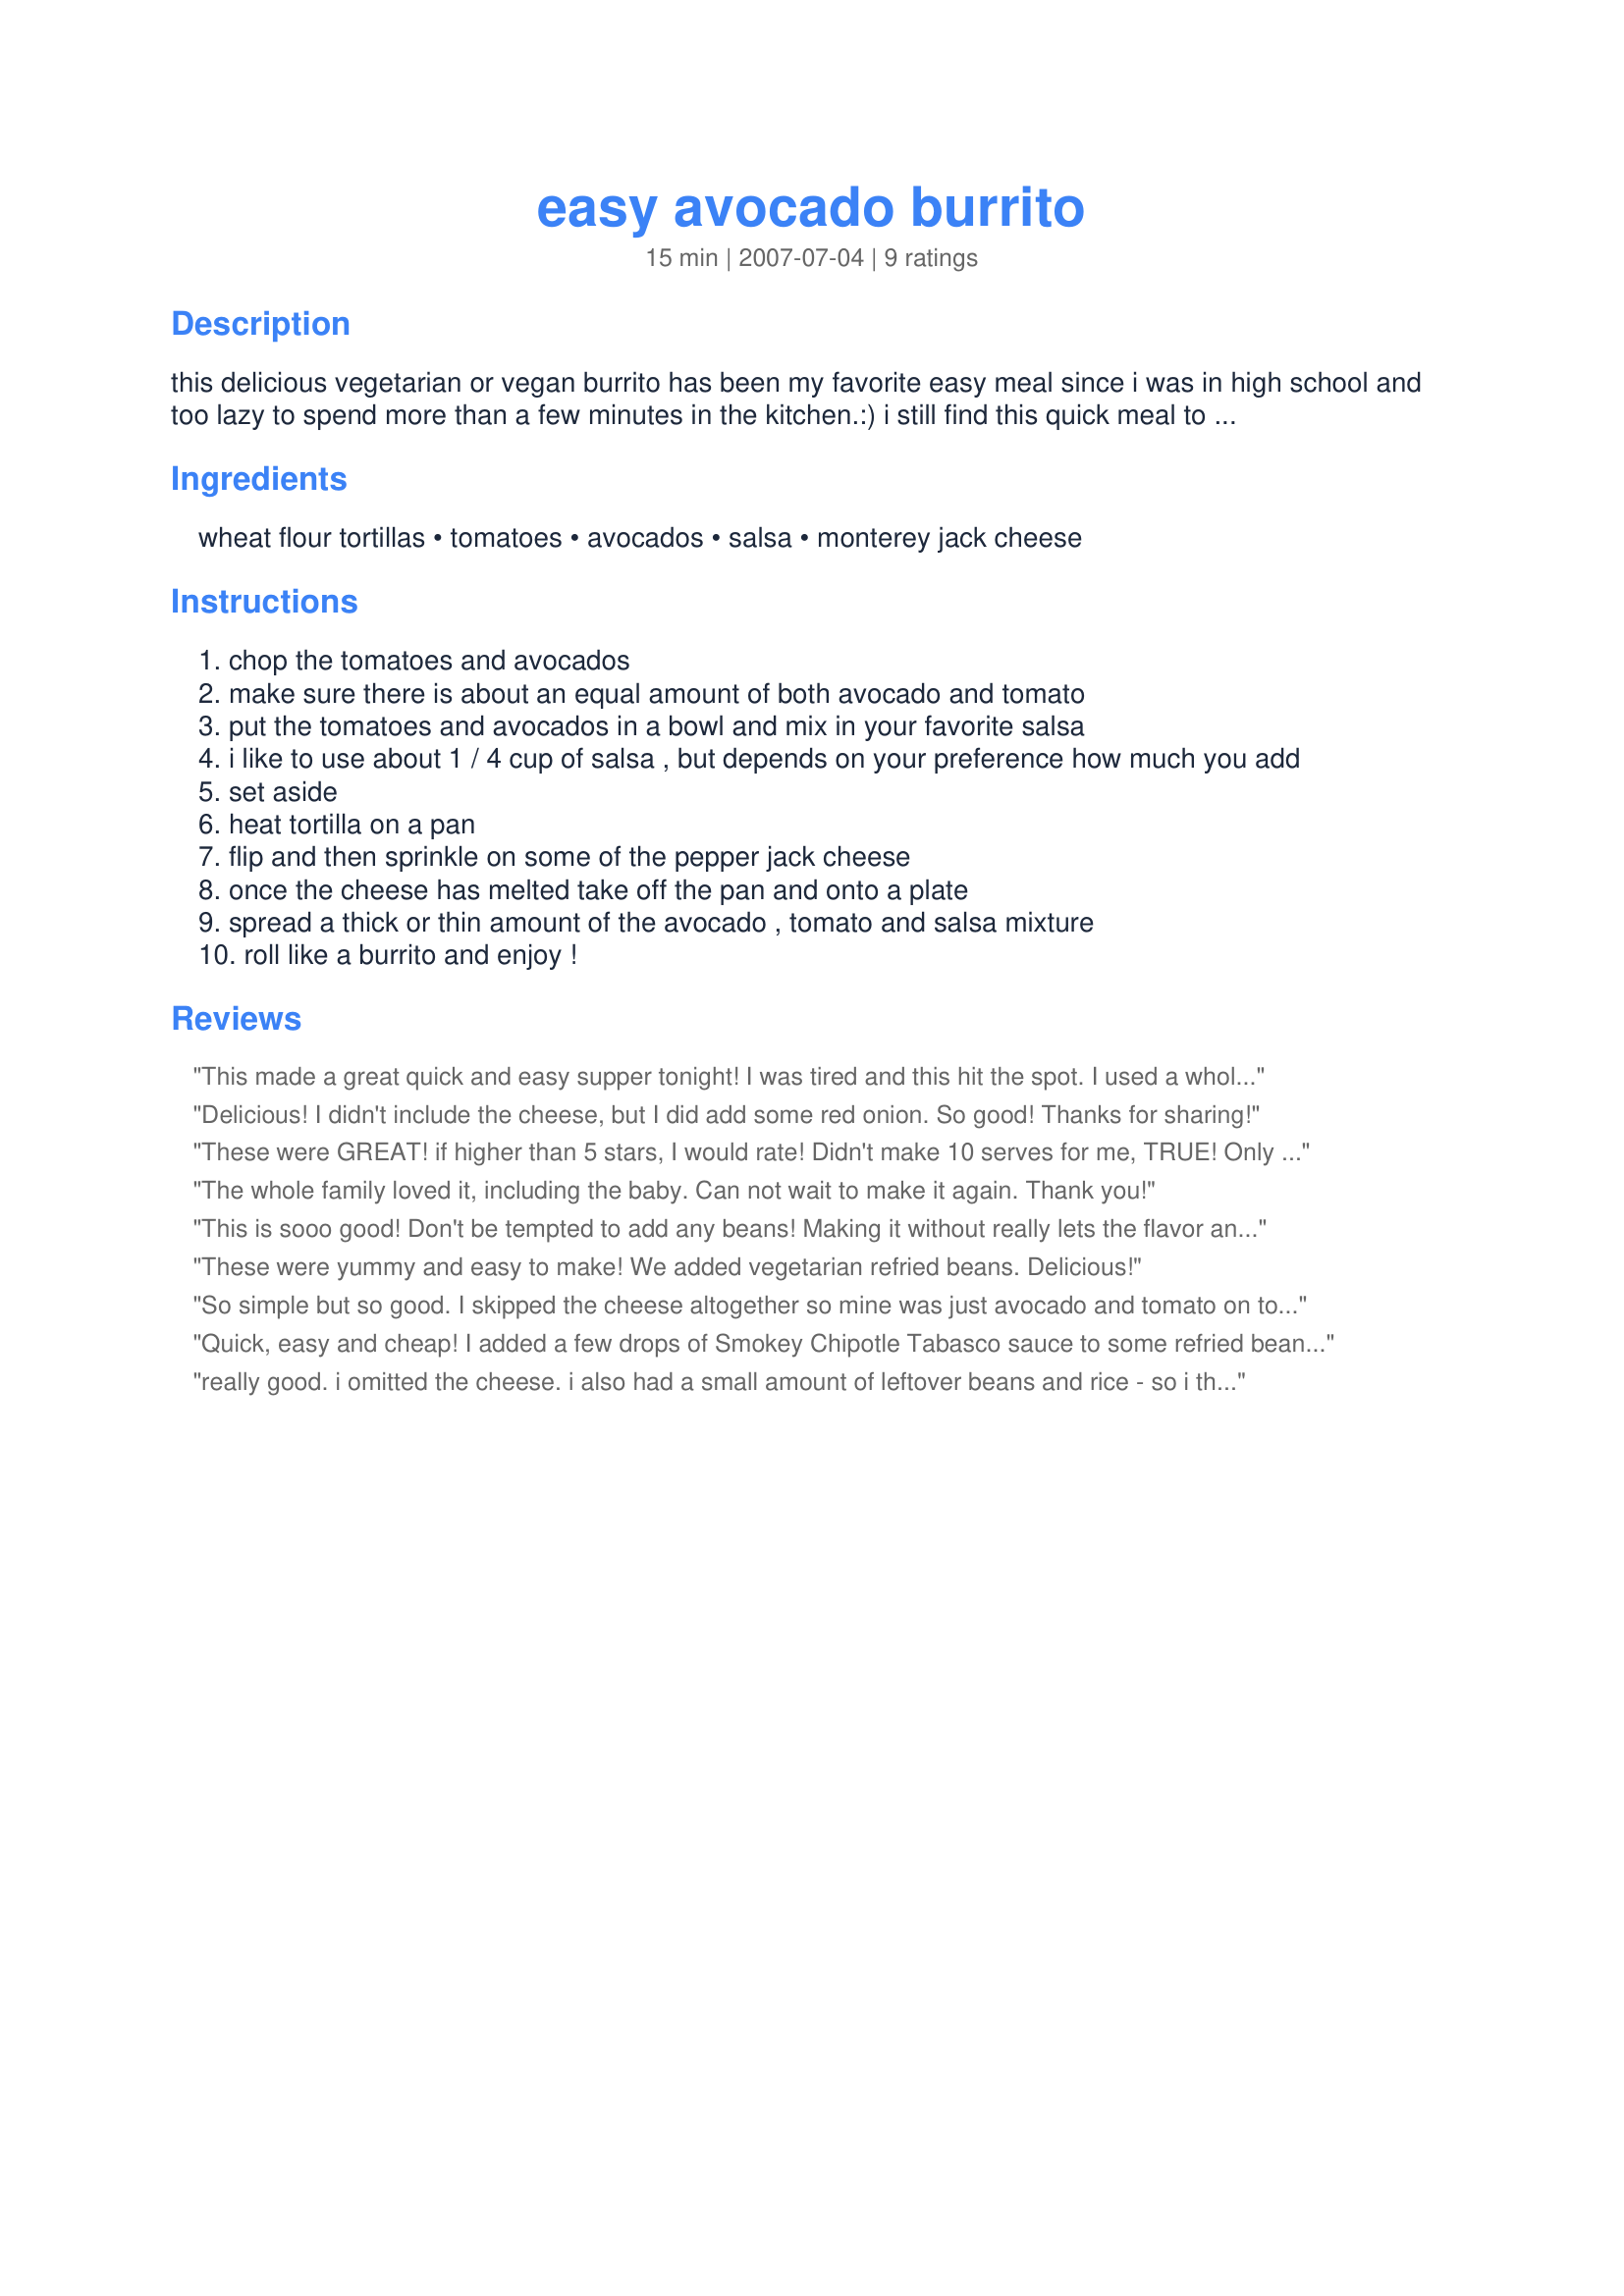
easy avocado burrito
Preparation time: 15 minutes

this delicious vegetarian or vegan burrito has been my favorite easy meal since i was in high school and too lazy to spend more than a few minutes in the kitchen.:) i still find this quick meal to be one of my favorites even though i cook a lot now! although i love traditional "bean" burritos, this recipe tastes better to me without the beans. my mother always made these and i'm not sure where she got the recipe or if she made it up herself. everyone i've ever made them for has loved them. enjoy! note: i usually make these in small tortillas with little filling that make nice smaller sized burritos that make an instant yummy snack or taste great with a side of refried beans and spanish rice. they also taste great if you make these into bigger burritos but beware that the serving sizes and nutritional facts won't match up.

Ingredients:
wheat flour tortillas, tomatoes, avocados, salsa, monterey jack cheese

Steps:
chop the tomatoes and avocados
make sure there is about an equal amount of both avocado and tomato
put the tomatoes and avocados in a bowl and mix in your favorite salsa
i like to use about 1 / 4 cup of salsa , but depends on your preference how much you add
set aside
heat tortilla on a pan
flip and then sprinkle on some of the pepper jack cheese
once the cheese has melted take off the pan and onto a plate
spread a thick or thin amount of the avocado , tomato and salsa mixture
roll like a burrito and enjoy !

Reviews:
This made a great quick and easy supper tonight! I was tired and this hit the spot. I used a whole wheat tortilla and cheddar cheese. Thanks! Made for the Christmas Spelling Bee!
Delicious! I didn't include the cheese, but I did add some red onion. So good! Thanks for sharing!
These were GREAT!
if higher than 5 stars, I would rate!
Didn't make 10 serves for me, TRUE!
Only about half of that too!
Maybe I did put in too much, but is just me,
I REALLY, REALLY enjoyed this recipe!
THANKS!
The whole family loved it, including the baby. Can not wait to make it again. Thank you!
This is sooo good! Don't be tempted to add any beans! Making it without really lets the flavor and texture of the avocado shine. I loved the contrast of the smooth avocado and the slightly crispy tortilla! After enjoying one, I had to have another! Thanks Molly!
These were yummy and easy to make! We added vegetarian refried beans. Delicious!
So simple but so good. I skipped the cheese altogether so mine was just avocado and tomato on tortilla. I will definitely make this again. Thanks!
Quick, easy and cheap! I added a few drops of Smokey Chipotle Tabasco sauce to some refried beans I heated in the microwave along with chopped red onion. This is a great lunch, dinner or late night snack. Plus you could make them in bulk and have them in your freezer ready to be heated up.
really good. i omitted the cheese. i also had a small amount of leftover beans and rice - so i threw that in the mix. so simple and really tasty. my kids (2 & 4 y/o) loved it too. thanks for the recipe.
